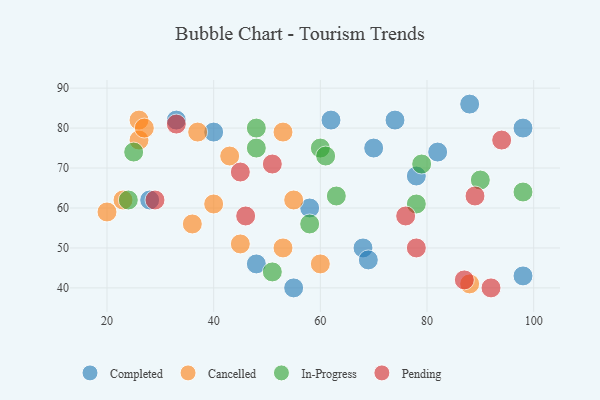
{"axis": {"x": "GDP", "y": "Life Expectancy"}, "legend": ["Cancelled", "Completed", "In-Progress", "Pending"], "data": [{"x": "74", "y": 82, "type": "Completed"}, {"x": "62", "y": 82, "type": "Completed"}, {"x": "28", "y": 62, "type": "Completed"}, {"x": "98", "y": 43, "type": "Completed"}, {"x": "78", "y": 68, "type": "Completed"}, {"x": "55", "y": 40, "type": "Completed"}, {"x": "33", "y": 82, "type": "Completed"}, {"x": "98", "y": 80, "type": "Completed"}, {"x": "88", "y": 86, "type": "Completed"}, {"x": "40", "y": 79, "type": "Completed"}, {"x": "70", "y": 75, "type": "Completed"}, {"x": "58", "y": 60, "type": "Completed"}, {"x": "68", "y": 50, "type": "Completed"}, {"x": "82", "y": 74, "type": "Completed"}, {"x": "69", "y": 47, "type": "Completed"}, {"x": "48", "y": 46, "type": "Completed"}, {"x": "43", "y": 73, "type": "Cancelled"}, {"x": "45", "y": 51, "type": "Cancelled"}, {"x": "23", "y": 62, "type": "Cancelled"}, {"x": "20", "y": 59, "type": "Cancelled"}, {"x": "26", "y": 77, "type": "Cancelled"}, {"x": "55", "y": 62, "type": "Cancelled"}, {"x": "53", "y": 79, "type": "Cancelled"}, {"x": "36", "y": 56, "type": "Cancelled"}, {"x": "26", "y": 82, "type": "Cancelled"}, {"x": "40", "y": 61, "type": "Cancelled"}, {"x": "27", "y": 80, "type": "Cancelled"}, {"x": "60", "y": 46, "type": "Cancelled"}, {"x": "88", "y": 41, "type": "Cancelled"}, {"x": "37", "y": 79, "type": "Cancelled"}, {"x": "53", "y": 50, "type": "Cancelled"}, {"x": "78", "y": 61, "type": "In-Progress"}, {"x": "48", "y": 75, "type": "In-Progress"}, {"x": "79", "y": 71, "type": "In-Progress"}, {"x": "60", "y": 75, "type": "In-Progress"}, {"x": "90", "y": 67, "type": "In-Progress"}, {"x": "58", "y": 56, "type": "In-Progress"}, {"x": "63", "y": 63, "type": "In-Progress"}, {"x": "48", "y": 80, "type": "In-Progress"}, {"x": "51", "y": 44, "type": "In-Progress"}, {"x": "61", "y": 73, "type": "In-Progress"}, {"x": "24", "y": 62, "type": "In-Progress"}, {"x": "25", "y": 74, "type": "In-Progress"}, {"x": "98", "y": 64, "type": "In-Progress"}, {"x": "94", "y": 77, "type": "Pending"}, {"x": "45", "y": 69, "type": "Pending"}, {"x": "29", "y": 62, "type": "Pending"}, {"x": "51", "y": 71, "type": "Pending"}, {"x": "33", "y": 81, "type": "Pending"}, {"x": "87", "y": 42, "type": "Pending"}, {"x": "78", "y": 50, "type": "Pending"}, {"x": "89", "y": 63, "type": "Pending"}, {"x": "46", "y": 58, "type": "Pending"}, {"x": "92", "y": 40, "type": "Pending"}, {"x": "76", "y": 58, "type": "Pending"}]}